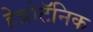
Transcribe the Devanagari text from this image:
हेन्नोटॅनिक